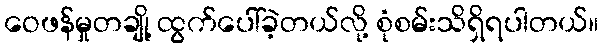
ဝေဖန်မှုတချို့ ထွက်ပေါ်ခဲ့တယ်လို့ စုံစမ်းသိရှိရပါတယ်။